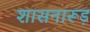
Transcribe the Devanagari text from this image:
शासनारूड़